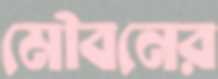
মৌবনের